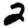
Digit: 2